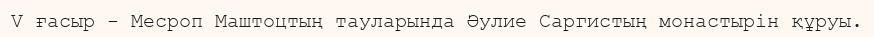
V ғасыр - Месроп Маштоцтың тауларында Әулие Саргистың монастырін құруы.